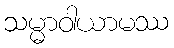
သမ္မာဝါယာမဿ